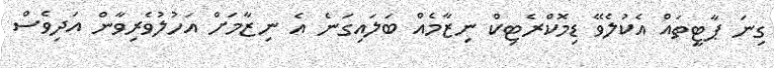
ގިނަ ޕާޓީތައް އެކުލެވޭ ޑިމޮކްރެޓިކް ނިޒާމެއް ބަލައިގަނެ އެ ނިޒާމަށް އަހުލުވެރިވާން އަދިވެސް